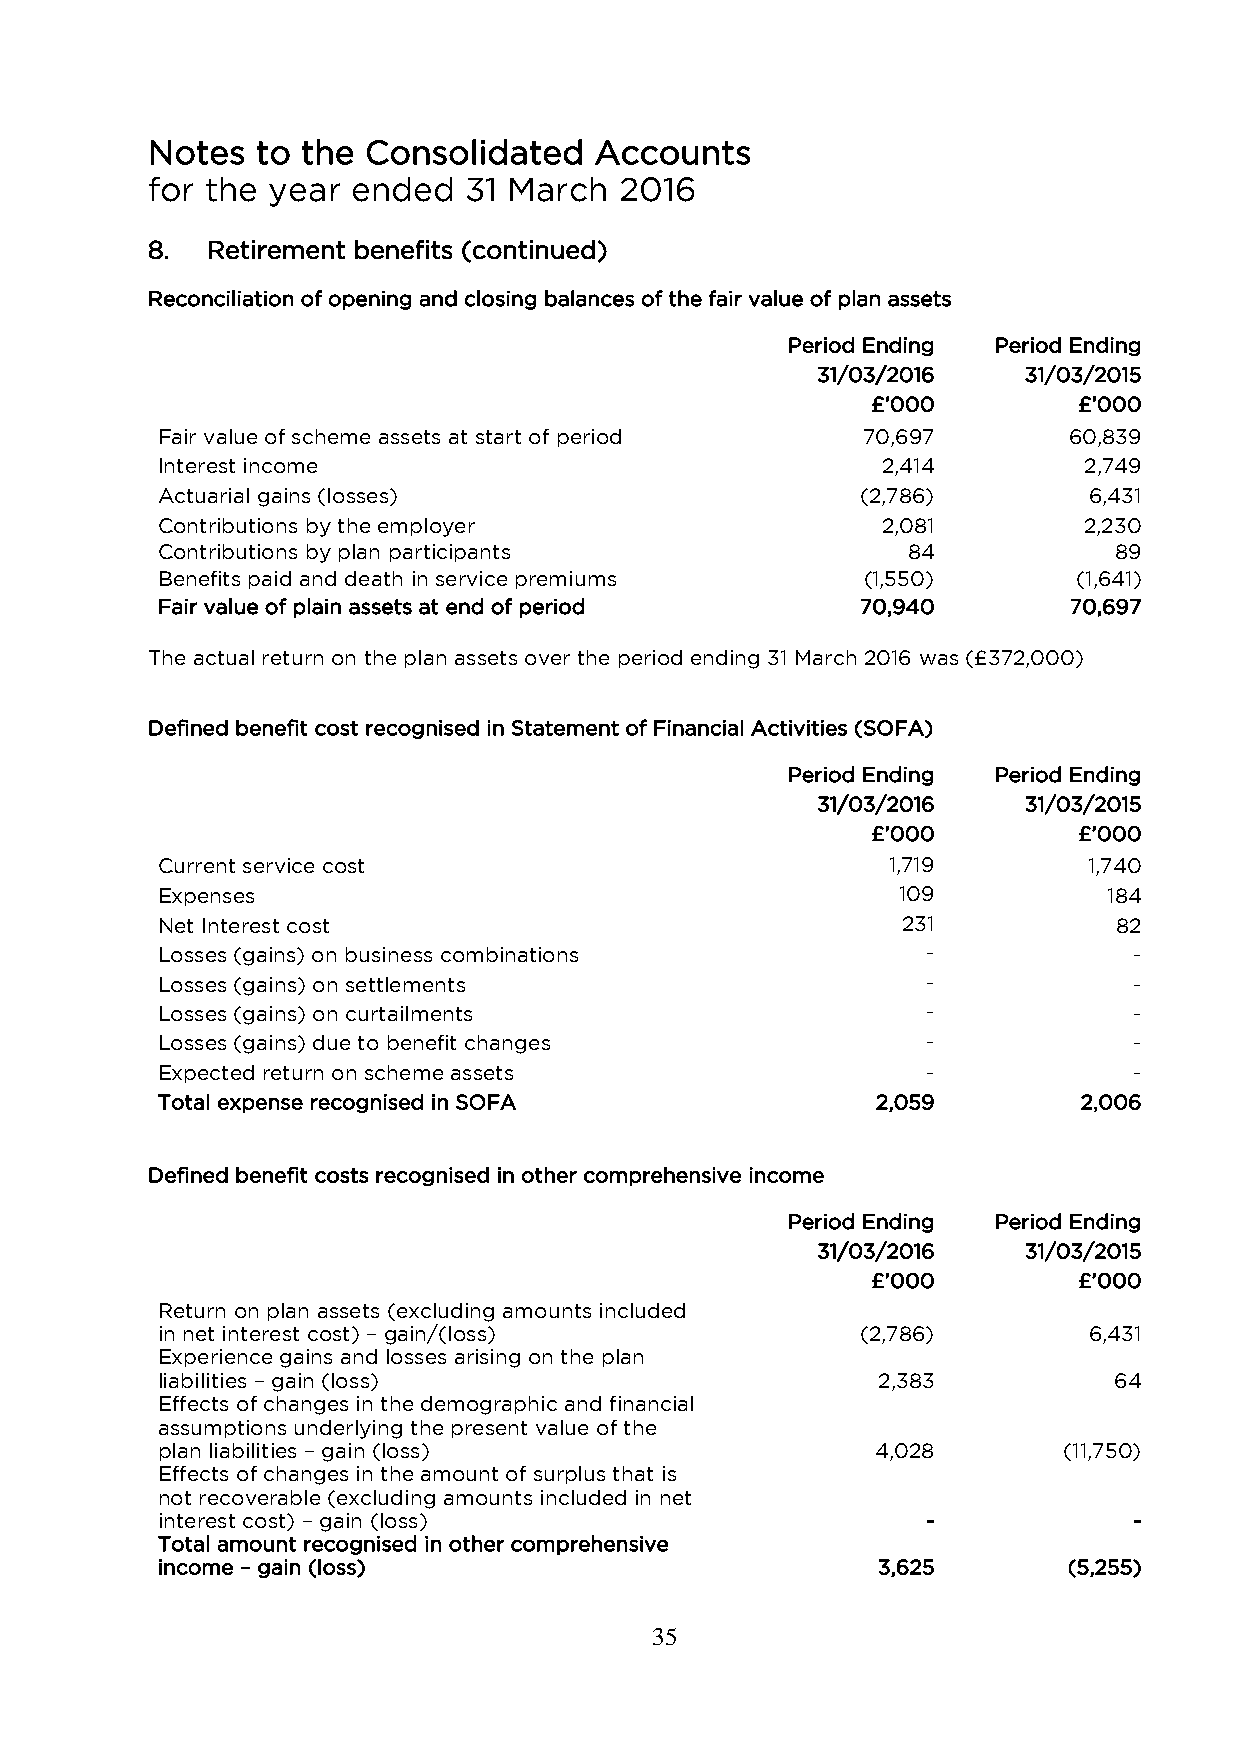
Notes  to the Consolidated   Accounts
 for the year ended   31 March  2016
 8.  Retirement benefits (continued)
 Reconciliation of opening and closing balances of the fair value of plan assets
 Period Ending Period Ending
 31/03/2016    31/03/2015
 £’000        £’000
 Fair value of scheme assets at start of period 70,697        60,839
 Interest income                                 2,414         2,749
 Actuarial gains (losses)                       (2,786)        6,431
 Contributions by the employer                   2,081         2,230
 Contributions by plan participants                84            89
 Benefits paid and death in service premiums    (1,550)       (1,641)
 Fair value of plain assets at end of period    70,940        70,697
 The actual return on the plan assets over the period ending 31 March 2016 was (£372,000)
 Defined benefit cost recognised in Statement of Financial Activities (SOFA)
 Period Ending Period Ending
 31/03/2016    31/03/2015
 £’000        £’000
 Current service cost                             1,719        1,740
 Expenses                                         109           184
 Net Interest cost                                 231           82
 Losses (gains) on business combinations            -             -
 Losses (gains) on settlements                      -             -
 Losses (gains) on curtailments                     -             -
 Losses (gains) due to benefit changes              -             -
 Expected return on scheme assets                   -             -
 Total expense recognised in SOFA                2,059         2,006
 Defined benefit costs recognised in other comprehensive income
 Period Ending Period Ending
 31/03/2016    31/03/2015
 £’000        £’000
 Return on plan assets (excluding amounts included
 in net interest cost) – gain/(loss)            (2,786)        6,431
 Experience gains and losses arising on the plan
 liabilities – gain (loss)                       2,383           64
 Effects of changes in the demographic and financial
 assumptions underlying the present value of the
 plan liabilities – gain (loss)                  4,028       (11,750)
 Effects of changes in the amount of surplus that is
 not recoverable (excluding amounts included in net
 interest cost) – gain (loss)                       -             -
 Total amount recognised in other comprehensive
 income – gain (loss)                            3,625        (5,255)
 35